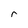
Character: r